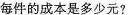
每件的成本是多少元?